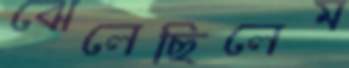
ঝেলেছিলেম